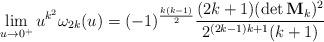
LaTeX: \begin{align*}\lim_{u\to0^+}u^{k^2}\omega_{2k}(u)=(-1)^{\frac{k(k-1)}{2}}\frac{(2k+1)(\det \mathbf M_k)^{2}}{2^{(2k-1)k+1}(k+1)}\end{align*}